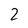
Character: 2